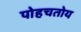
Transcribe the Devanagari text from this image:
पोहचतोय